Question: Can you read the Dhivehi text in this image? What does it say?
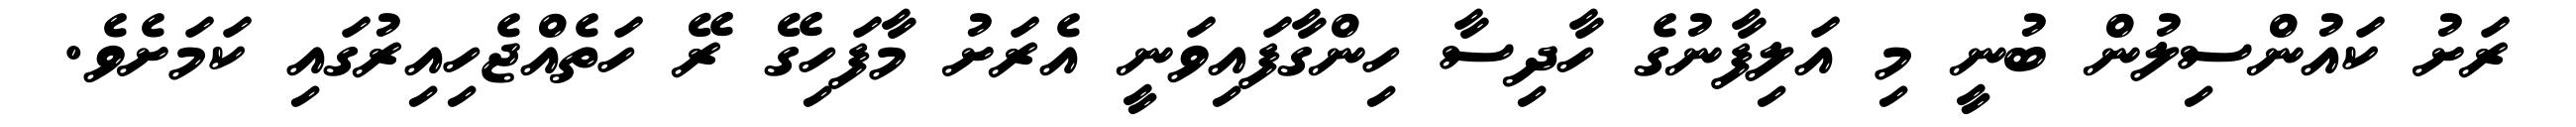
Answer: ރަށު ކައުންސިލުން ބުނީ މި އަލިފާނުގެ ހާދިސާ ހިންގާފައިވަނީ އެރަށު މާފަހިގޭ ރޭ ހަތެއްޖެހިއިރުގައި ކަމަށެވެ.